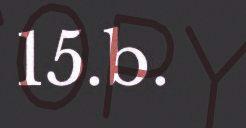
15.b.